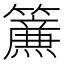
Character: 𮆴